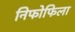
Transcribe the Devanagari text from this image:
निफोफिला